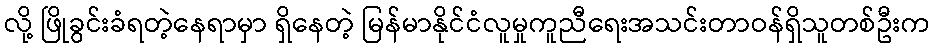
လို့ ဖြိုခွင်းခံရတဲ့နေရာမှာ ရှိနေတဲ့ မြန်မာနိုင်ငံလူမှုကူညီရေးအသင်းတာဝန်ရှိသူတစ်ဦးက